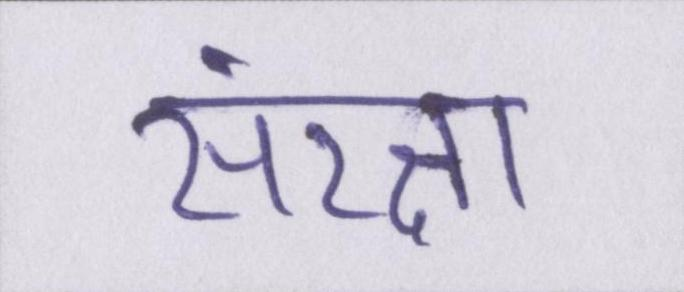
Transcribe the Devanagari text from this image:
संरक्षा